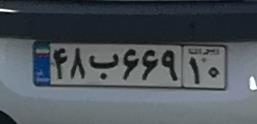
۴۸ب۶۶۹۱۰